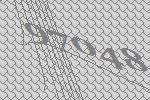
97048